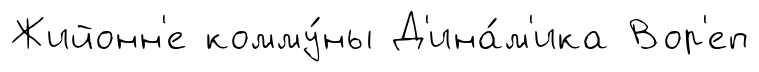
Жийонн'е комму́ны Д'ина́м'ика Вор'еп